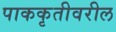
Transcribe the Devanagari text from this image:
पाककृतीवरील